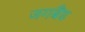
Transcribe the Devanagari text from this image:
जगबैंड